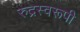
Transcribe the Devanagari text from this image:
रुद्रस्वरूपी